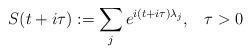
LaTeX: \begin{align*} S(t + i \tau) : = \sum_j e^{i (t + i \tau) \lambda_j}, \;\;\; \tau > 0 \end{align*}